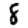
Digit: 8